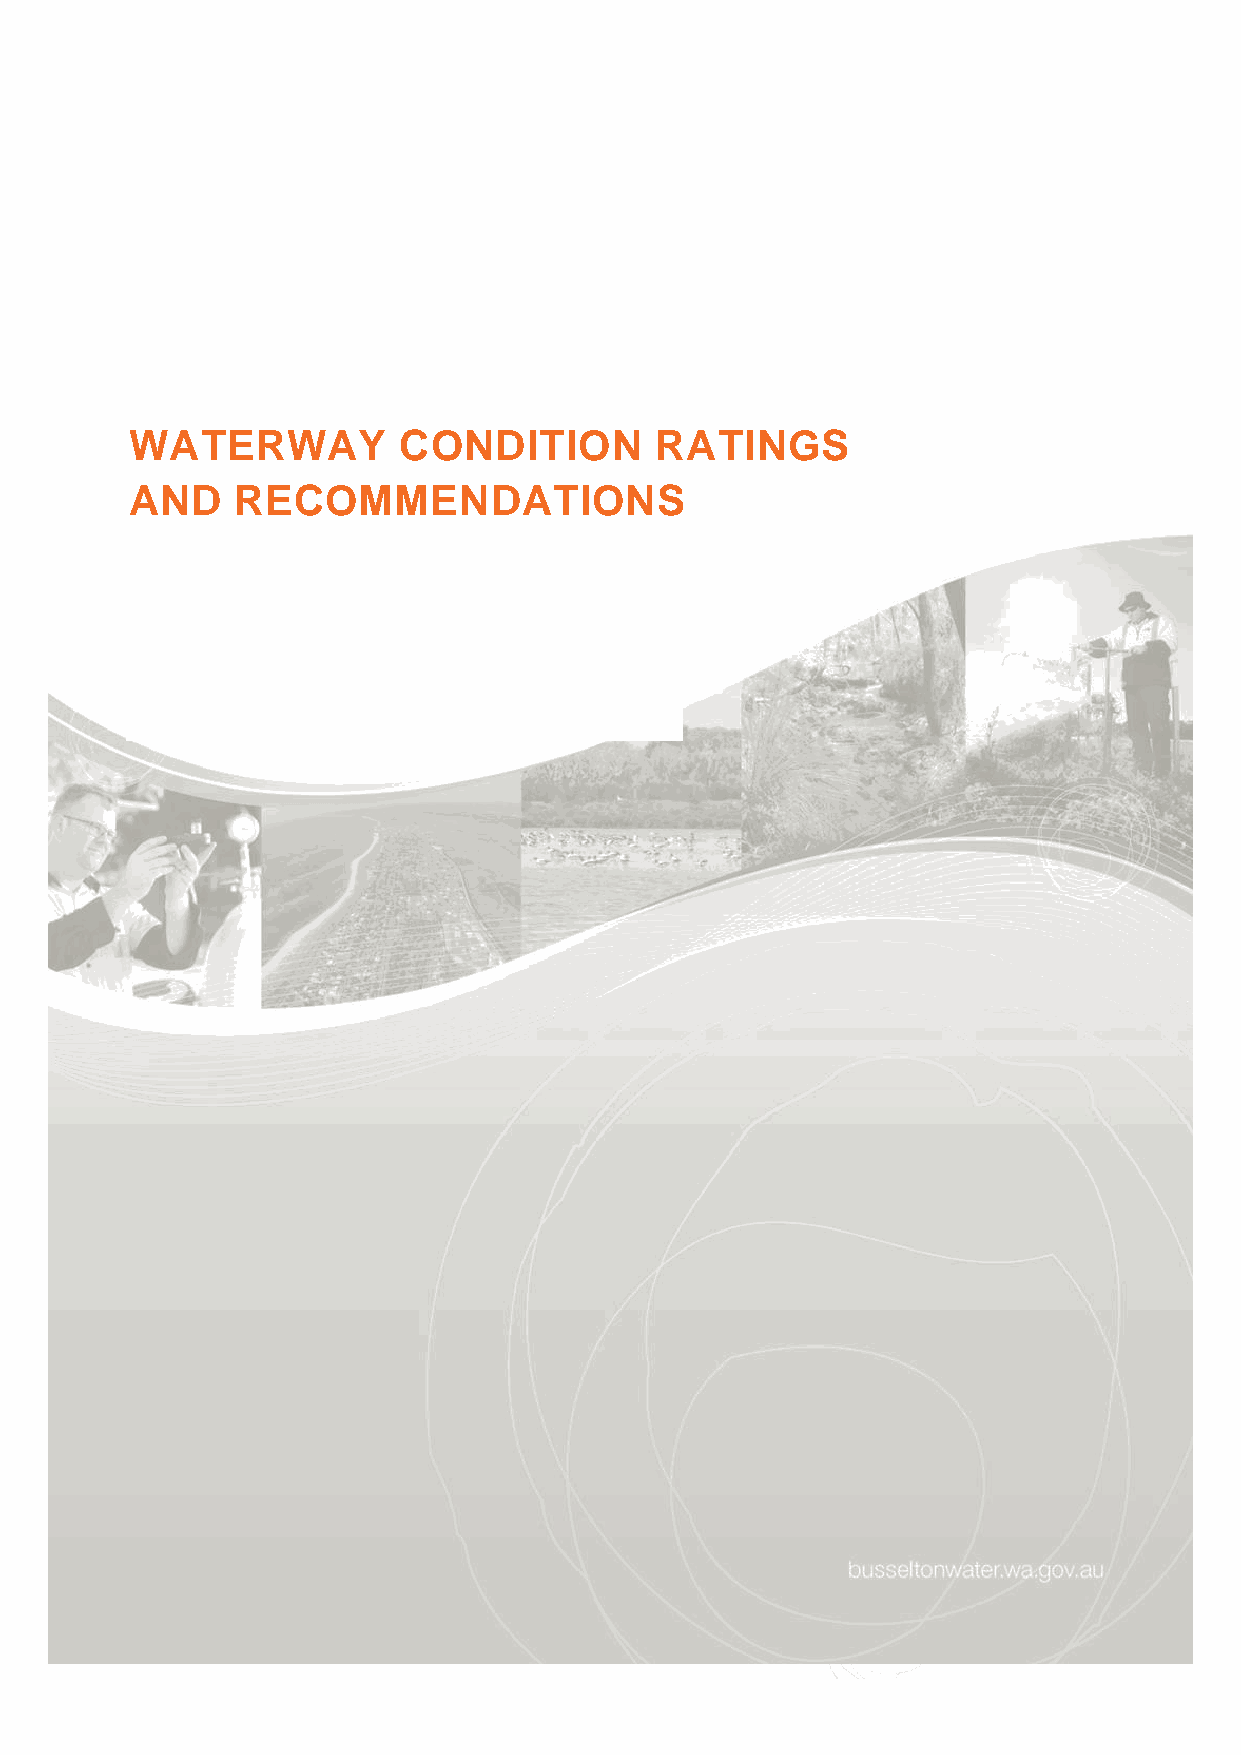
WATERWAY         CONDITION        RATINGS
 AND    RECOMMENDATIONS
 24